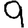
Digit: 9